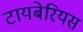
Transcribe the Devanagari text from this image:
टायबेरियस